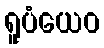
ရူပံယေဝ